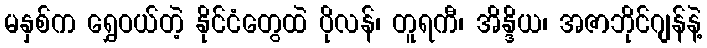
မနှစ်က ရွှေဝယ်တဲ့ နိုင်ငံတွေထဲ ပိုလန်၊ တူရကီ၊ အိန္ဒိယ၊ အဇာဘိုင်ဂျန်နဲ့